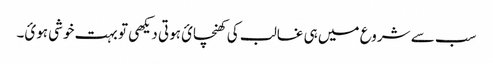
سب سے شروع میں ہی غالب کی کھنچائ ہوتی دیکھی تو بہت خوشی ہوئ۔